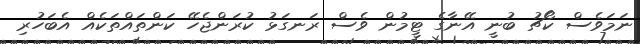
ނަމަވެސް ކޯޗު ބުނީ އޭނާގެ ޓީމުން ވެސް ރަނގަޅު ކުރަންޖެހޭ ކަންތައްތަކެއް އެބަހުރި